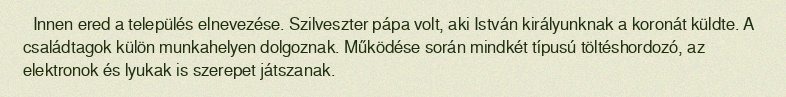
Innen ered a település elnevezése. Szilveszter pápa volt, aki István királyunknak a koronát küldte. A családtagok külön munkahelyen dolgoznak. Működése során mindkét típusú töltéshordozó, az elektronok és lyukak is szerepet játszanak.